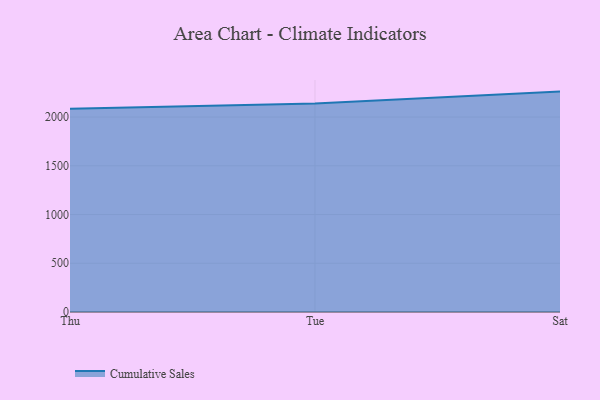
{"axis": {"x": "Day", "y": "Tickets Resolved"}, "legend": ["Cumulative Sales"], "data": [{"x": "Thu", "y": 2086.5, "type": "Cumulative Sales"}, {"x": "Tue", "y": 2139.1, "type": "Cumulative Sales"}, {"x": "Sat", "y": 2261.2, "type": "Cumulative Sales"}]}